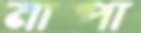
মাপা